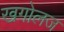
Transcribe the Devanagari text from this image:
खगोलज